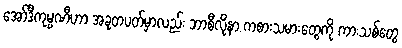
အော်ဒီကုမ္ပဏီဟာ အခုတပတ်မှာလည်း ဘာစီလိုနာ ကစားသမားတွေကို ကားသစ်တွေ